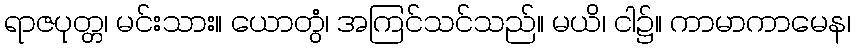
ရာဇပုတ္တ၊ မင်းသား။ ယောတွံ၊ အကြင်သင်သည်။ မယိ၊ ငါ၌။ ကာမာကာမေန၊